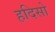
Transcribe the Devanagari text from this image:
हदिसो